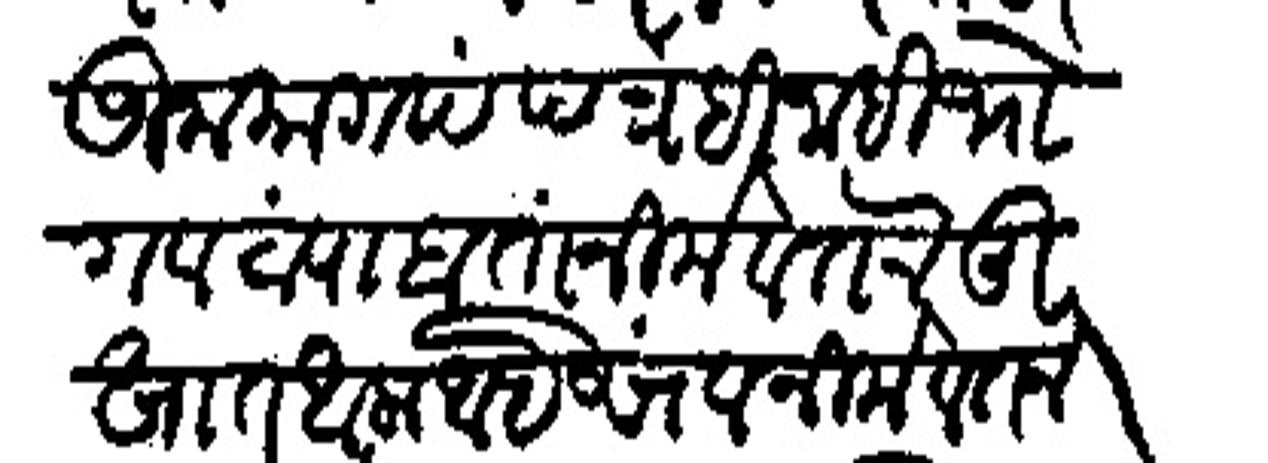
Transliteration (Devanagari): जुना कागदपत्रही नाही भोगवटा पाहाता नीमे वतन तू खात आला आहेस व नीमे वतन